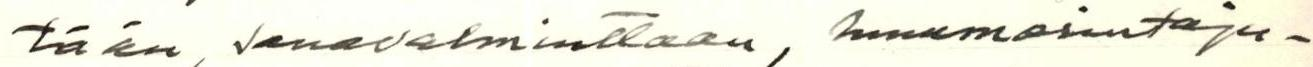
tään, sanavalmiuttaan, huumorintaju-